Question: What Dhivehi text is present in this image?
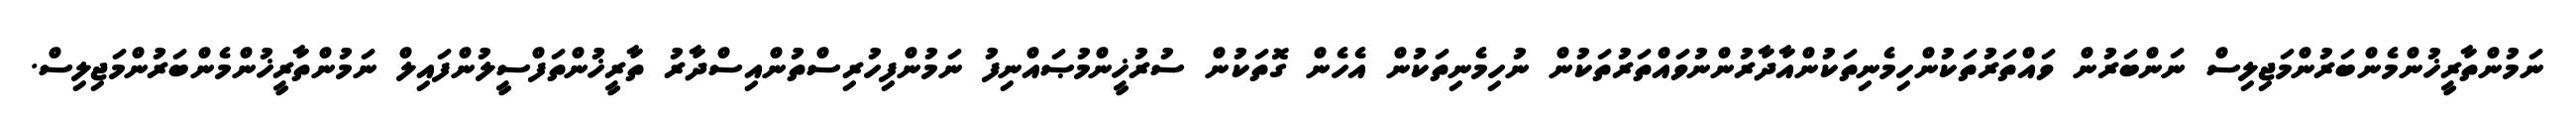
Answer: ނަމުންތާރީޚުންމެންބަރުންމަޖިލިސް ނަންބަރުން ވައްތަރުތަކުންހިމެނިތަކުންއާދާރުންނުވައްތަރުތަކުން ނުހިމެނިތަކުން އެހެން ގޮތަކުން ސުރުޚީންމުޞައްނިފު ނަމުންފިހުރިސްތުންއިސްދާރު ތާރީޚުންތަފްސީލުންފައިލް ނަމުންތާރީޚުންމެންބަރުންމަޖިލިސް.